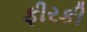
ફીરકી